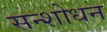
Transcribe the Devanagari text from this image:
सन्शोधन